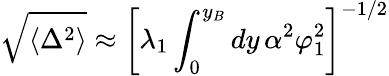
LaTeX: \sqrt{\langle\Delta^{2}\rangle}\approx\left[\lambda_{1}\int_{0}^{y_{B}}dy\, \alpha^{2}\varphi_{1}^{2}\right]^{-1/2}